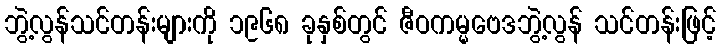
ဘွဲ့လွန်သင်တန်းများကို ၁၉၆၈ ခုနှစ်တွင် ဇီဝကမ္မဗေဒဘွဲ့လွန် သင်တန်းဖြင့်